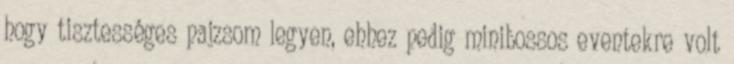
hogy tisztességes pajzsom legyen, ehhez pedig minibossos eventekre volt